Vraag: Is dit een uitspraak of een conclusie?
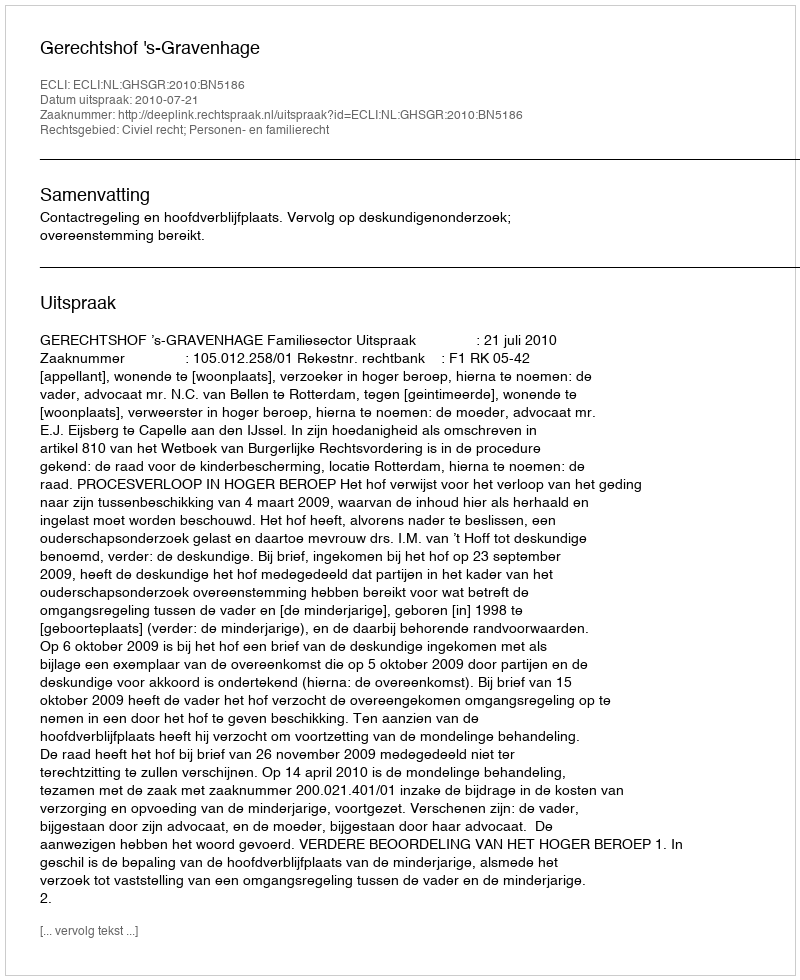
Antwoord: Uitspraak